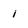
Character: 1